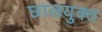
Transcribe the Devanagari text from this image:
छालयुक्त